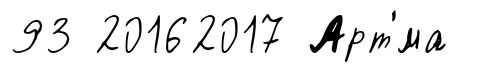
93 20162017 Арт'́ма